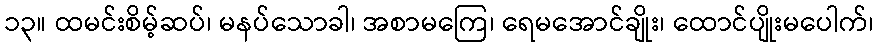
၁၃။ ထမင်းစိမ့်ဆပ်၊ မနပ်သောခါ၊ အစာမကြေ၊ ရေမအောင်ချိုး၊ ထောင်ပျိုးမပေါက်၊